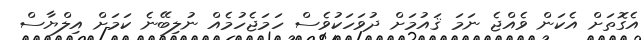
އެގޮތަށް އެކަން ވެއްޖެ ނަމަ ޤައުމަށް ދުވަހަކުވެސް ހަމަޖެހުމެއް ނުލިބޭނެ ކަަމަށް އިލްޔާސް